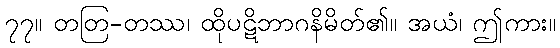
၇၇။ တတြ-တဿ၊ ထိုပဋိဘာဂနိမိတ်၏။ အယံ၊ ဤကား။